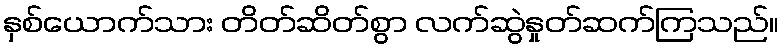
နှစ်ယောက်သား တိတ်ဆိတ်စွာ လက်ဆွဲနှုတ်ဆက်ကြသည်။